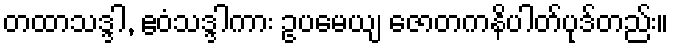
တထာသဒ္ဒါ, ဧဝံသဒ္ဒါကား ဥပမေယျ ဇောတကနိပါတ်ပုဒ်တည်း။